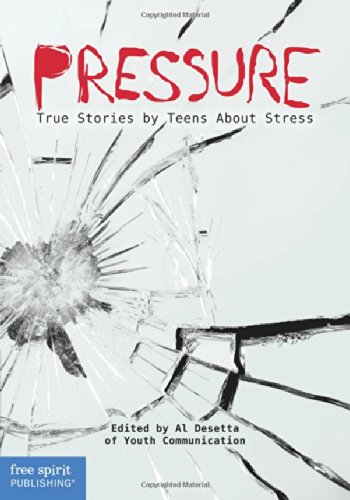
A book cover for Pressure: True Stories by Teens About Stress (Real Teen Voices Series); Youth Communication; Teen & Young Adult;